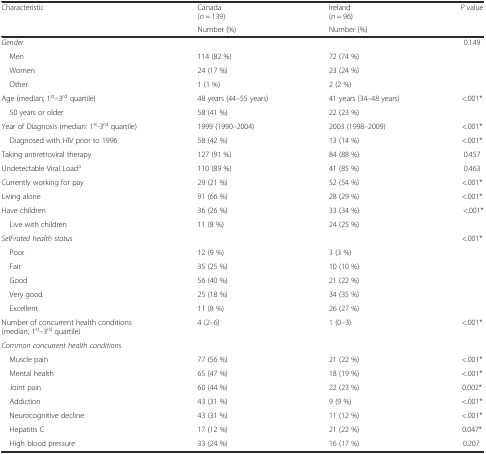
<table><thead><tr><td rowspan="2"><b>Characteristic</b></td><td><b>Canada (<i>n</i> = 139)</b></td><td><b>Ireland (<i>n</i> = 96)</b></td><td><b><i>P</i> value</b></td></tr><tr><td><b>Number (%)</b></td><td><b>Number (%)</b></td><td></td></tr></thead><tbody><tr><td><i>Gender</i></td><td></td><td></td><td>0.149</td></tr><tr><td> Men</td><td>114 (82 %)</td><td>72 (74 %)</td><td></td></tr><tr><td> Women</td><td>24 (17 %)</td><td>23 (24 %)</td><td></td></tr><tr><td> Other</td><td>1 (1 %)</td><td>2 (2 %)</td><td></td></tr><tr><td>Age (median; 1<sup>st</sup>–3<sup>rd</sup> quartile)</td><td>48 years (44–55 years)</td><td>41 years (34–48 years)</td><td rowspan="2">&lt;.001*</td></tr><tr><td> 50 years or older</td><td>58 (41 %)</td><td>22 (23 %)</td></tr><tr><td>Year of Diagnosis (median: 1<sup>st</sup>-3<sup>rd</sup> quartile)</td><td>1999 (1990–2004)</td><td>2003 (1998–2009)</td><td>&lt;.001*</td></tr><tr><td> Diagnosed with HIV prior to 1996</td><td>58 (42 %)</td><td>13 (14 %)</td><td>&lt;.001*</td></tr><tr><td>Taking antiretroviral therapy</td><td>127 (91 %)</td><td>84 (88 %)</td><td>0.457</td></tr><tr><td>Undetectable Viral Load<sup>a</sup></td><td>110 (89 %)</td><td>41 (85 %)</td><td>0.463</td></tr><tr><td>Currently working for pay</td><td>29 (21 %)</td><td>52 (54 %)</td><td>&lt;.001*</td></tr><tr><td>Living alone</td><td>91 (66 %)</td><td>28 (29 %)</td><td>&lt;.001*</td></tr><tr><td>Have children</td><td>36 (26 %)</td><td>33 (34 %)</td><td rowspan="2"> &lt;.001*</td></tr><tr><td> Live with children</td><td>11 (8 %)</td><td>24 (25 %)</td></tr><tr><td><i>Self</i>-<i>rated health status</i></td><td></td><td></td><td rowspan="6">&lt;.001*</td></tr><tr><td> Poor</td><td>12 (9 %)</td><td>3 (3 %)</td></tr><tr><td> Fair</td><td>35 (25 %)</td><td>10 (10 %)</td></tr><tr><td> Good</td><td>56 (40 %)</td><td>21 (22 %)</td></tr><tr><td> Very good</td><td>25 (18 %)</td><td>34 (35 %)</td></tr><tr><td> Excellent</td><td>11 (8 %)</td><td>26 (27 %)</td></tr><tr><td>Number of concurrent health conditions (median; 1<sup>st</sup>–3<sup>rd</sup> quartile)</td><td>4 (2–6)</td><td>1 (0–3)</td><td>&lt;.001*</td></tr><tr><td><i>Common concurrent health conditions</i></td><td></td><td></td><td></td></tr><tr><td> Muscle pain</td><td>77 (56 %)</td><td>21 (22 %)</td><td>&lt;.001*</td></tr><tr><td> Mental health</td><td>65 (47 %)</td><td>18 (19 %)</td><td>&lt;.001*</td></tr><tr><td> Joint pain</td><td>60 (44 %)</td><td>22 (23 %)</td><td>0.002*</td></tr><tr><td> Addiction</td><td>43 (31 %)</td><td>9 (9 %)</td><td>&lt;.001*</td></tr><tr><td> Neurocognitive decline</td><td>43 (31 %)</td><td>11 (12 %)</td><td>&lt;.001*</td></tr><tr><td> Hepatitis C</td><td>17 (12 %)</td><td>21 (22 %)</td><td>0.047*</td></tr><tr><td> High blood pressure</td><td>33 (24 %)</td><td>16 (17 %)</td><td> 0.207</td></tr></tbody></table>